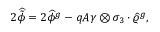
2 \widehat { \tilde { \phi } } = 2 \widehat { \phi } { } ^ { g } - q { \cal A } \gamma \otimes \sigma _ { 3 } \cdot \widehat { \varrho } { } ^ { g } ,